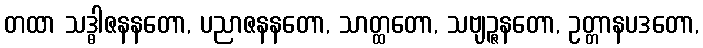
တထာ သဒ္ဓါဇနနတော, ပညာဇနနတော, သာတ္ထတော, သဗျဉ္ဇနတော, ဥတ္တာနပဒတော,